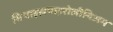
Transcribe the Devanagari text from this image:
मिथाइलपाइरोलीनिअम